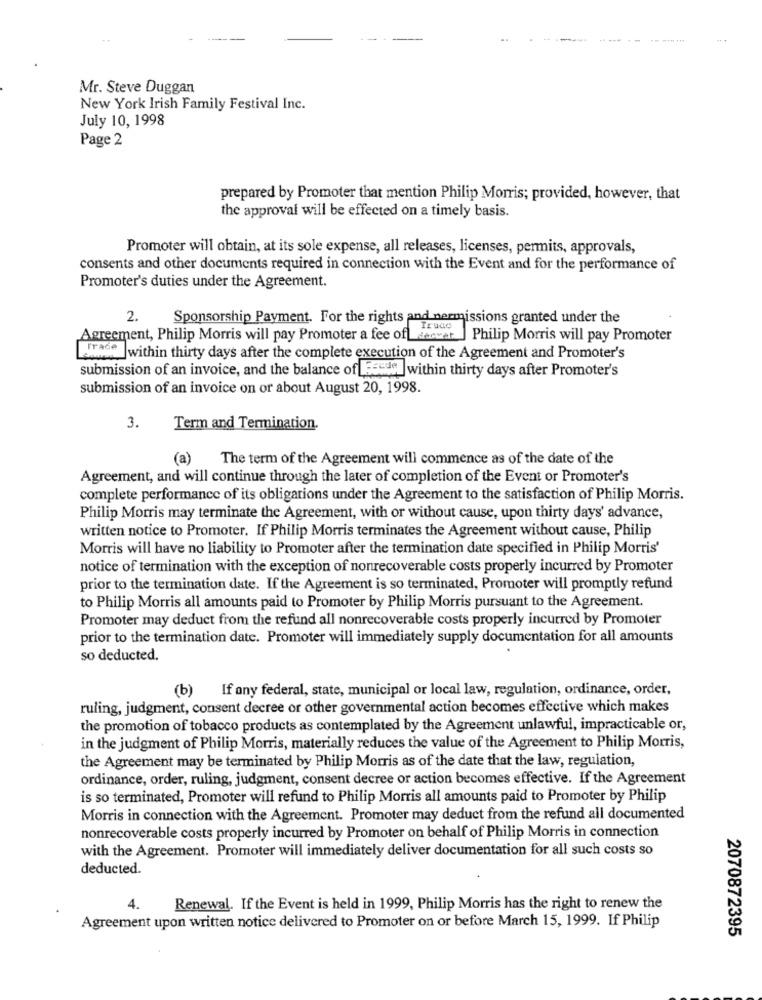
Mr. Steve Duggan
New York Irish Family Festival Inc.
July 10, 1998
Page 2
prepared by Promoter that mention Philip Morris; provided, however, that
the approval will be effected on a timely basis.
Promoter will obtain, at its sole expense, all releases, licenses, permits, approvals,
consents and other documents required in connection with the Event and for the performance of
Promoter's duties under the Agreement.
2.
Sponsorship Payment. For the rights and nermissions granted under the
Agreement, Philip Morris will pay Promoter a fee of ecver ] Philip Morris will pay Promoter
Jwithin thirty days after the complete execution of the Agreement and Promoter's
submission of an invoice, and the balance of Feede | within thirty days after Promoter's
submission of an invoice on or about August 20, 1998.
3.
Term and Termination.
(a)
The term of the Agreement will commence as of the date of the
Agreement, and will continue through the later of completion of the Event or Promoter's
complete performance of its obligations under the Agreement to the satisfaction of Philip Morris.
Philip Morris may terminate the Agreement, with or without cause, upon thirty days' advance,
written notice to Promoter. If Philip Morris terminates the Agreement without cause, Philip
Morris will have no liability to Promoter after the termination date specified in Philip Morris'
notice of termination with the exception of nonrecoverable costs properly incurred by Promoter
prior to the termination date. If the Agreement is so terminated, Promoter will promptly refund
to Philip Morris all amounts paid to Promoter by Philip Morris pursuant to the Agreement.
Promoter may deduct from the refund all nonrecoverable costs properly incurred by Promoter
prior to the termination date. Promoter will immediately supply documentation for all amounts
so deducted.
(b)
If any federal, state, municipal or local law, regulation, ordinance, order,
ruling, judgment, consent decree or other governmental action becomes effective which makes
the promotion of tobacco products as contemplated by the Agreement unlawful, impracticable or,
in the judgment of Philip Morris, materially reduces the value of the Agreement to Philip Morris,
the Agreement may be terminated by Philip Morris as of the date that the law, regulation,
ordinance, order, ruling, judgment, consent decree or action becomes effective. If the Agreement
is so terminated, Promoter will refund to Philip Morris all amounts paid to Promoter by Philip
Morris in connection with the Agreement. Promoter may deduct from the refund all documented
nonrecoverable costs properly incurred by Promoter on behalf of Philip Morris in connection
with the Agreement. Promoter will immediately deliver documentation for all such costs so
deducted.
4.
Renewal. If the Event is held in 1999, Philip Morris has the right to renew the
Agreement upon written notice delivered to Promoter on or before March 15, 1999. If Philip
2070872395